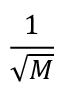
\frac { 1 } { \sqrt { M } }